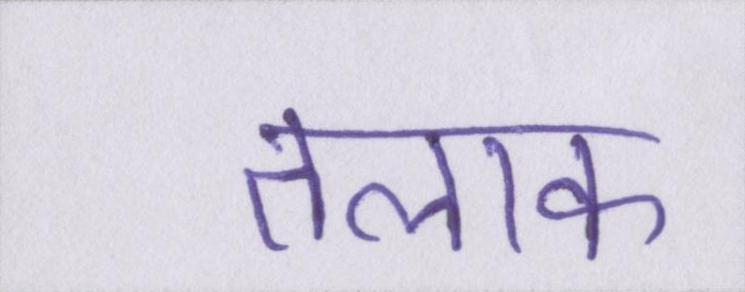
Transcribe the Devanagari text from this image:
तलाक